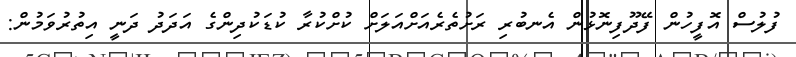
ފުލުސް އޮފީހުން ފޭދޫފިނޮޅުން އެނބުރި ރަށުތެރެއަށްއަލަށް ކުށްކުރާ ކުޑަކުދިންގެ އަދަދު ދަނީ އިތުރުވަމުން: